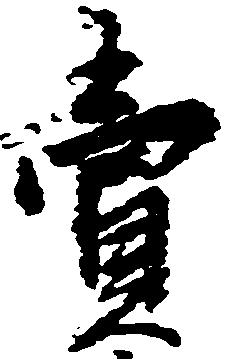
売